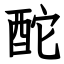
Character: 酡